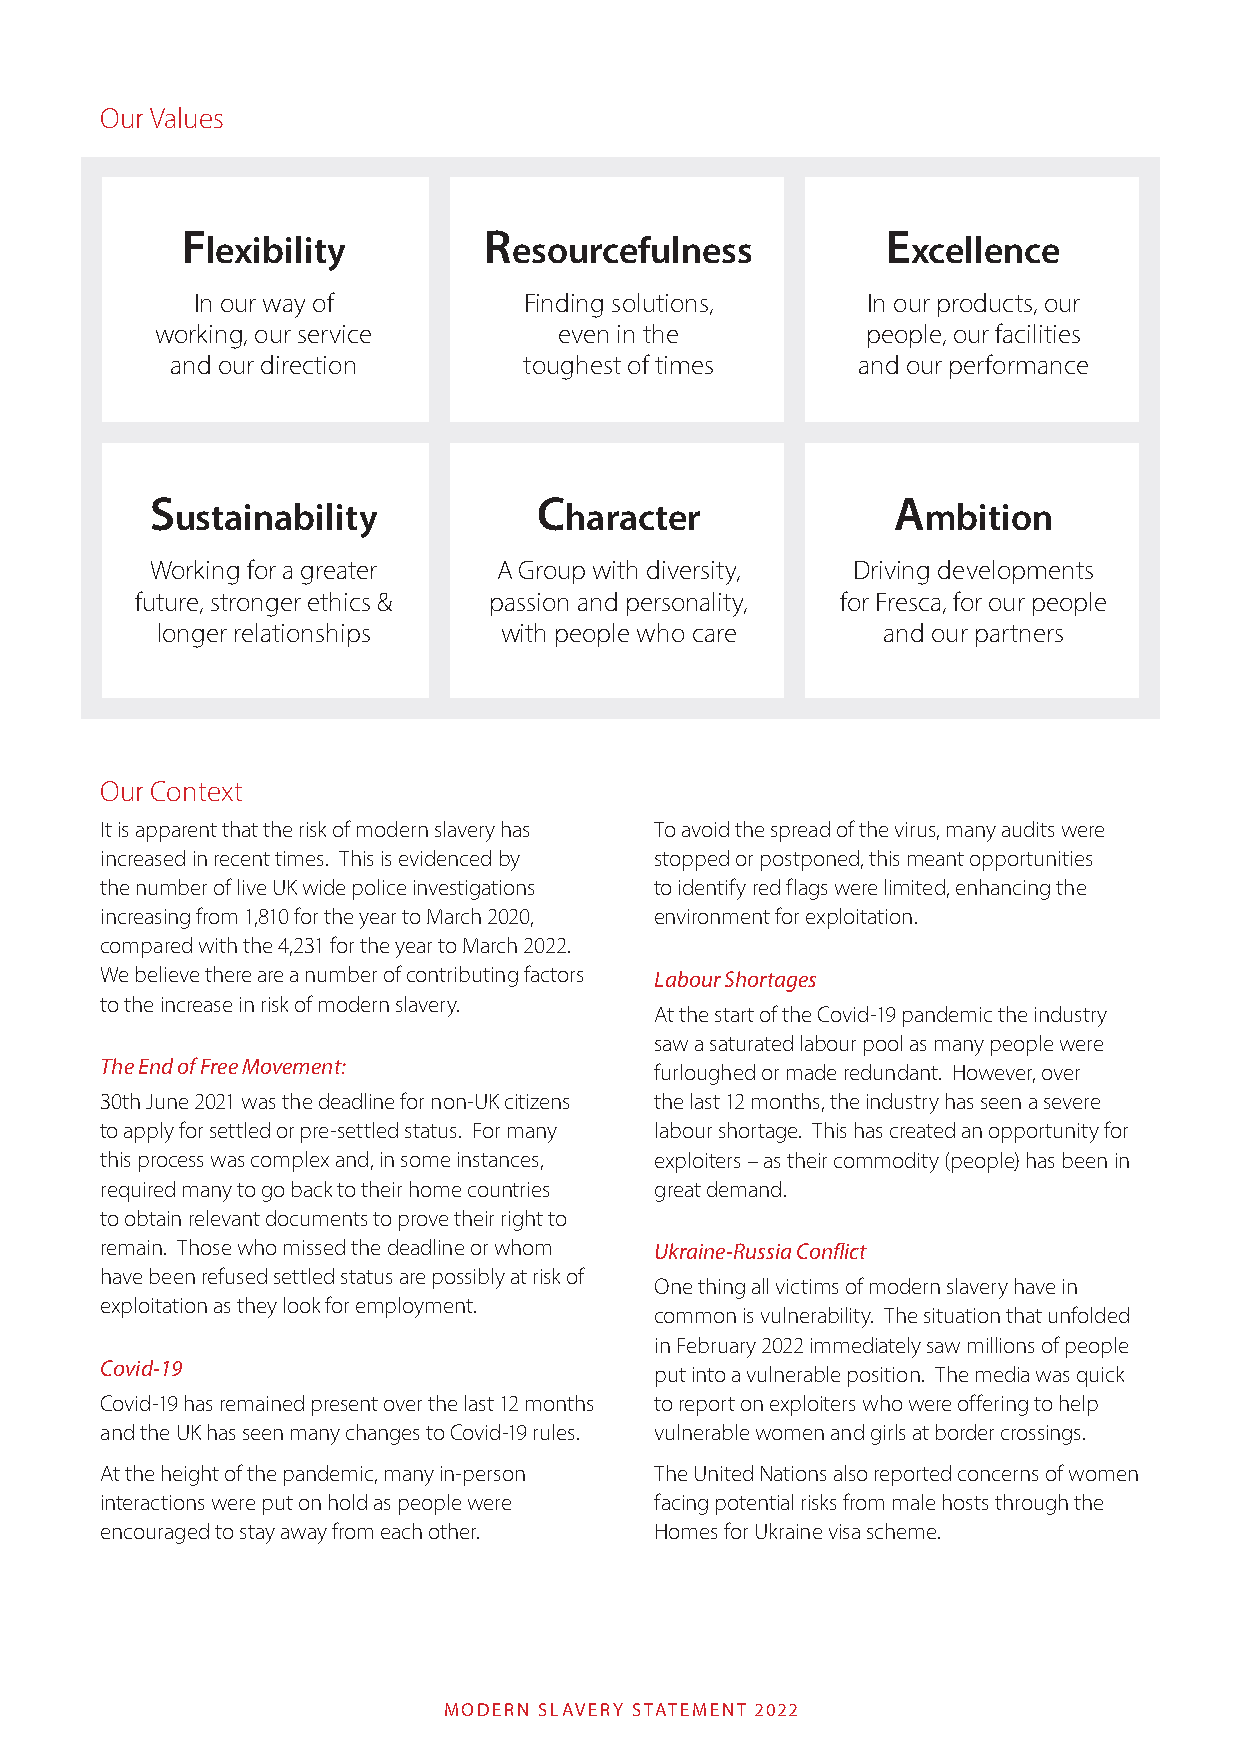
Our Values
 F                   R                          E
 lexibility          esourcefulness            xcellence
 In our way of         Finding solutions,    In our products, our
 working, our service       even in the         people, our facilities
 and our direction       toughest of times     and our performance
 S                         C                      A
 ustainability            haracter                mbition
 Working for a greater  A Group with diversity, Driving developments
 future, stronger ethics & passion and personality, for Fresca, for our people
 longer relationships   with people who care     and our partners
 Our Context
 It is apparent that the risk of modern slavery has To avoid the spread of the virus, many audits were
 increased in recent times. This is evidenced by stopped or postponed, this meant opportunities
 the number of live UK wide police investigations to identify red flags were limited, enhancing the
 increasing from 1,810 for the year to March 2020, environment for exploitation.
 compared with the 4,231 for the year to March 2022.
 We believe there are a number of contributing factors Labour Shortages
 to the increase in risk of modern slavery.
 At the start of the Covid-19 pandemic the industry
 saw a saturated labour pool as many people were
 The End of Free Movement:           furloughed or made redundant. However, over
 30th June 2021 was the deadline for non-UK citizens the last 12 months, the industry has seen a severe
 to apply for settled or pre-settled status. For many labour shortage. This has created an opportunity for
 this process was complex and, in some instances, exploiters – as their commodity (people) has been in
 required many to go back to their home countries great demand.
 to obtain relevant documents to prove their right to
 remain. Those who missed the deadline or whom Ukraine-Russia Conflict
 have been refused settled status are possibly at risk of
 One thing all victims of modern slavery have in
 exploitation as they look for employment.
 common is vulnerability. The situation that unfolded
 in February 2022 immediately saw millions of people
 Covid-19                            put into a vulnerable position. The media was quick
 Covid-19 has remained present over the last 12 months to report on exploiters who were offering to help
 and the UK has seen many changes to Covid-19 rules. vulnerable women and girls at border crossings.
 At the height of the pandemic, many in-person The United Nations also reported concerns of women
 interactions were put on hold as people were facing potential risks from male hosts through the
 encouraged to stay away from each other. Homes for Ukraine visa scheme.
 MODERN SLAVERY STATEMENT 2022